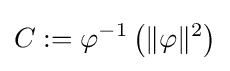
C:=\varphi ^{-1}\left(\|\varphi \|^{2}\right)